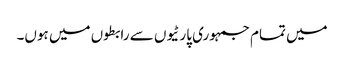
میں تمام جمہوری پارٹیوں سے رابطوں میں ہوں۔